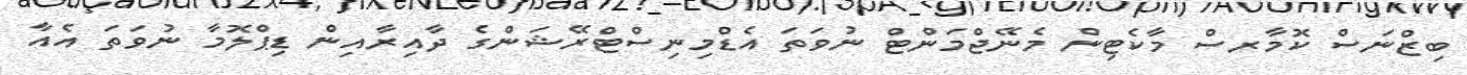
ބިޒްނަސް ކޮމާރސް މާކެޓިން މެނޭޖްމަންޓް ނުވަތަ އެޑްމިނިސްޓްރޭޝަންގެ ދާއިރާއިން ޑިޕްލޮމާ ނުވަތަ އެއާ